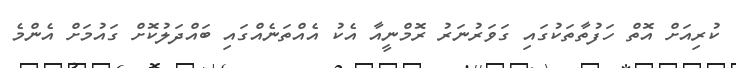
ކުރިއަށް އޮތް ހަފުތާތަކުގައި ގަވަރުނަރު ރޮމްނީއާ އެކު އެއްތަނެއްގައި ބައްދަލުކޮށް ގައުމަށް އެންމެ